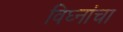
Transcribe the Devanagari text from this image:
विघ्नांचा